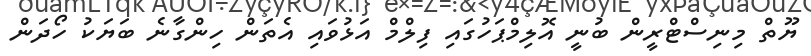
ޔޫތް މިނިސްޓްރީން ބުނީ އޮލިމްޕަހުގައި ފިލްމް އަޅުވައި އެތަން ހިންގާނެ ބަޔަކު ހޯދަން